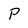
Character: P